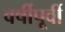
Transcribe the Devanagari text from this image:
वर्षीपूर्वी